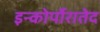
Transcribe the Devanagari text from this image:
इन्कोर्पोरातेद